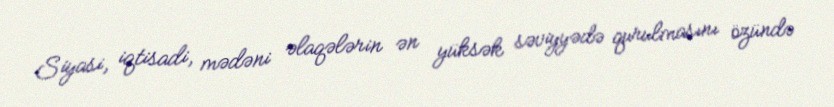
Siyasi, iqtisadi, mədəni əlaqələrin ən yüksək səviyyədə qurulmasını özündə